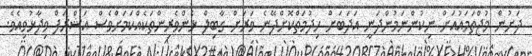
ދަށުން މުޖްތަމައުއަށް ނިކުންނަމުންދަނީ އަދަބަށް ހިދުމަތްކޮށްދޭނެ ވަރަށް ގާބިލް ޅެންވެރިންތަކެއްކަމަށްވެސް އަޝްރަފް ވިދާޅުވިއެވެ.